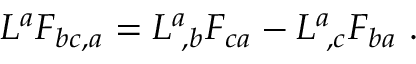
L ^ { a } { \cal F } _ { b c , a } = L ^ { a } \! _ { , b } { \cal F } _ { c a } - L ^ { a } \! _ { , c } { \cal F } _ { b a } \ .